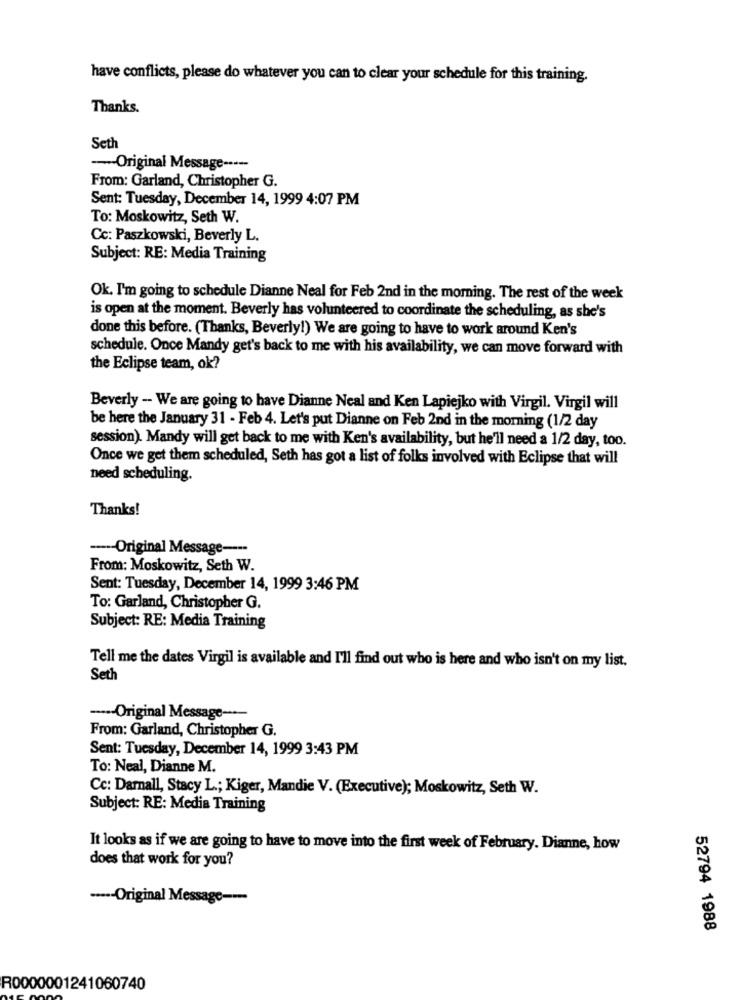
have conflicts, please do whatever you can to clear your schedule for this training.
Thanks.
Seth
-- Original Message -----
From: Garland, Christopher G.
Sent: Tuesday, December 14, 1999 4:07 PM
To: Moskowitz, Seth W.
Cc: Paszkowski, Beverly L.
Subject: RE: Media Training
Ok. I'm going to schedule Dianne Neal for Feb 2nd in the morning. The rest of the week
is open at the moment. Beverly has volunteered to coordinate the scheduling, as she's
done this before. (Thanks, Beverly!) We are going to have to work around Ken's
schedule. Once Mandy get's back to me with his availability, we can move forward with
the Eclipse team, ok?
Beverly - We are going to have Dianne Neal and Ken Lapiejko with Virgil. Virgil will
be here the January 31 - Feb 4. Let's put Dianne on Feb 2nd in the morning (1/2 day
session). Mandy will get back to me with Ken's availability, but he'll need a 1/2 day, too.
Once we get them scheduled, Seth has got a list of folks involved with Eclipse that will
need scheduling.
Thanks!
---- Original Message ----
From: Moskowitz, Seth W.
Sent: Tuesday, December 14, 1999 3:46 PM
To: Garland, Christopher G.
Subject: RE: Media Training
Tell me the dates Virgil is available and I'll find out who is here and who isn't on my list.
Seth
--- Original Message ---
From: Garland, Christopher G.
Sent: Tuesday, December 14, 1999 3:43 PM
To: Neal, Dianne M.
Cc: Darall, Stacy L .; Kiger, Mandie V. (Executive); Moskowitz, Seth W.
Subject: RE: Media Training
It looks as if we are going to have to move into the first week of February. Dianne, how
does that work for you?
----- Original Message-
52794 1988
R0000001241060740